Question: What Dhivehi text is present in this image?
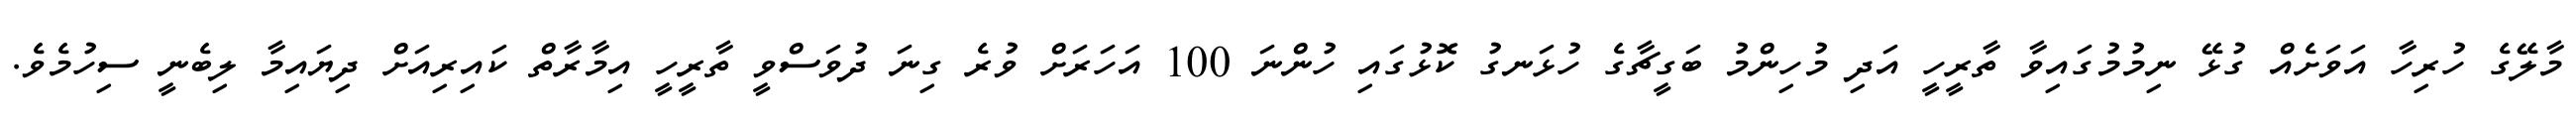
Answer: މާލޭގެ ހުރިހާ އަވަށެއް ގުޅޭ ނިމުމުގައިވާ ތާރީހީ އަދި މުހިންމު ބަގީޗާގެ ހުޅަނގު ކޮޅުގައި ހުންނަ 100 އަހަރަށް ވުރެ ގިނަ ދުވަސްވީ ތާރީހީ އިމާރާތް ކައިރިއަށް ދިޔައިމާ ލިބެނީ ސިހުމެވެ.